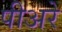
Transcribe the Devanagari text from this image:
पीअरे